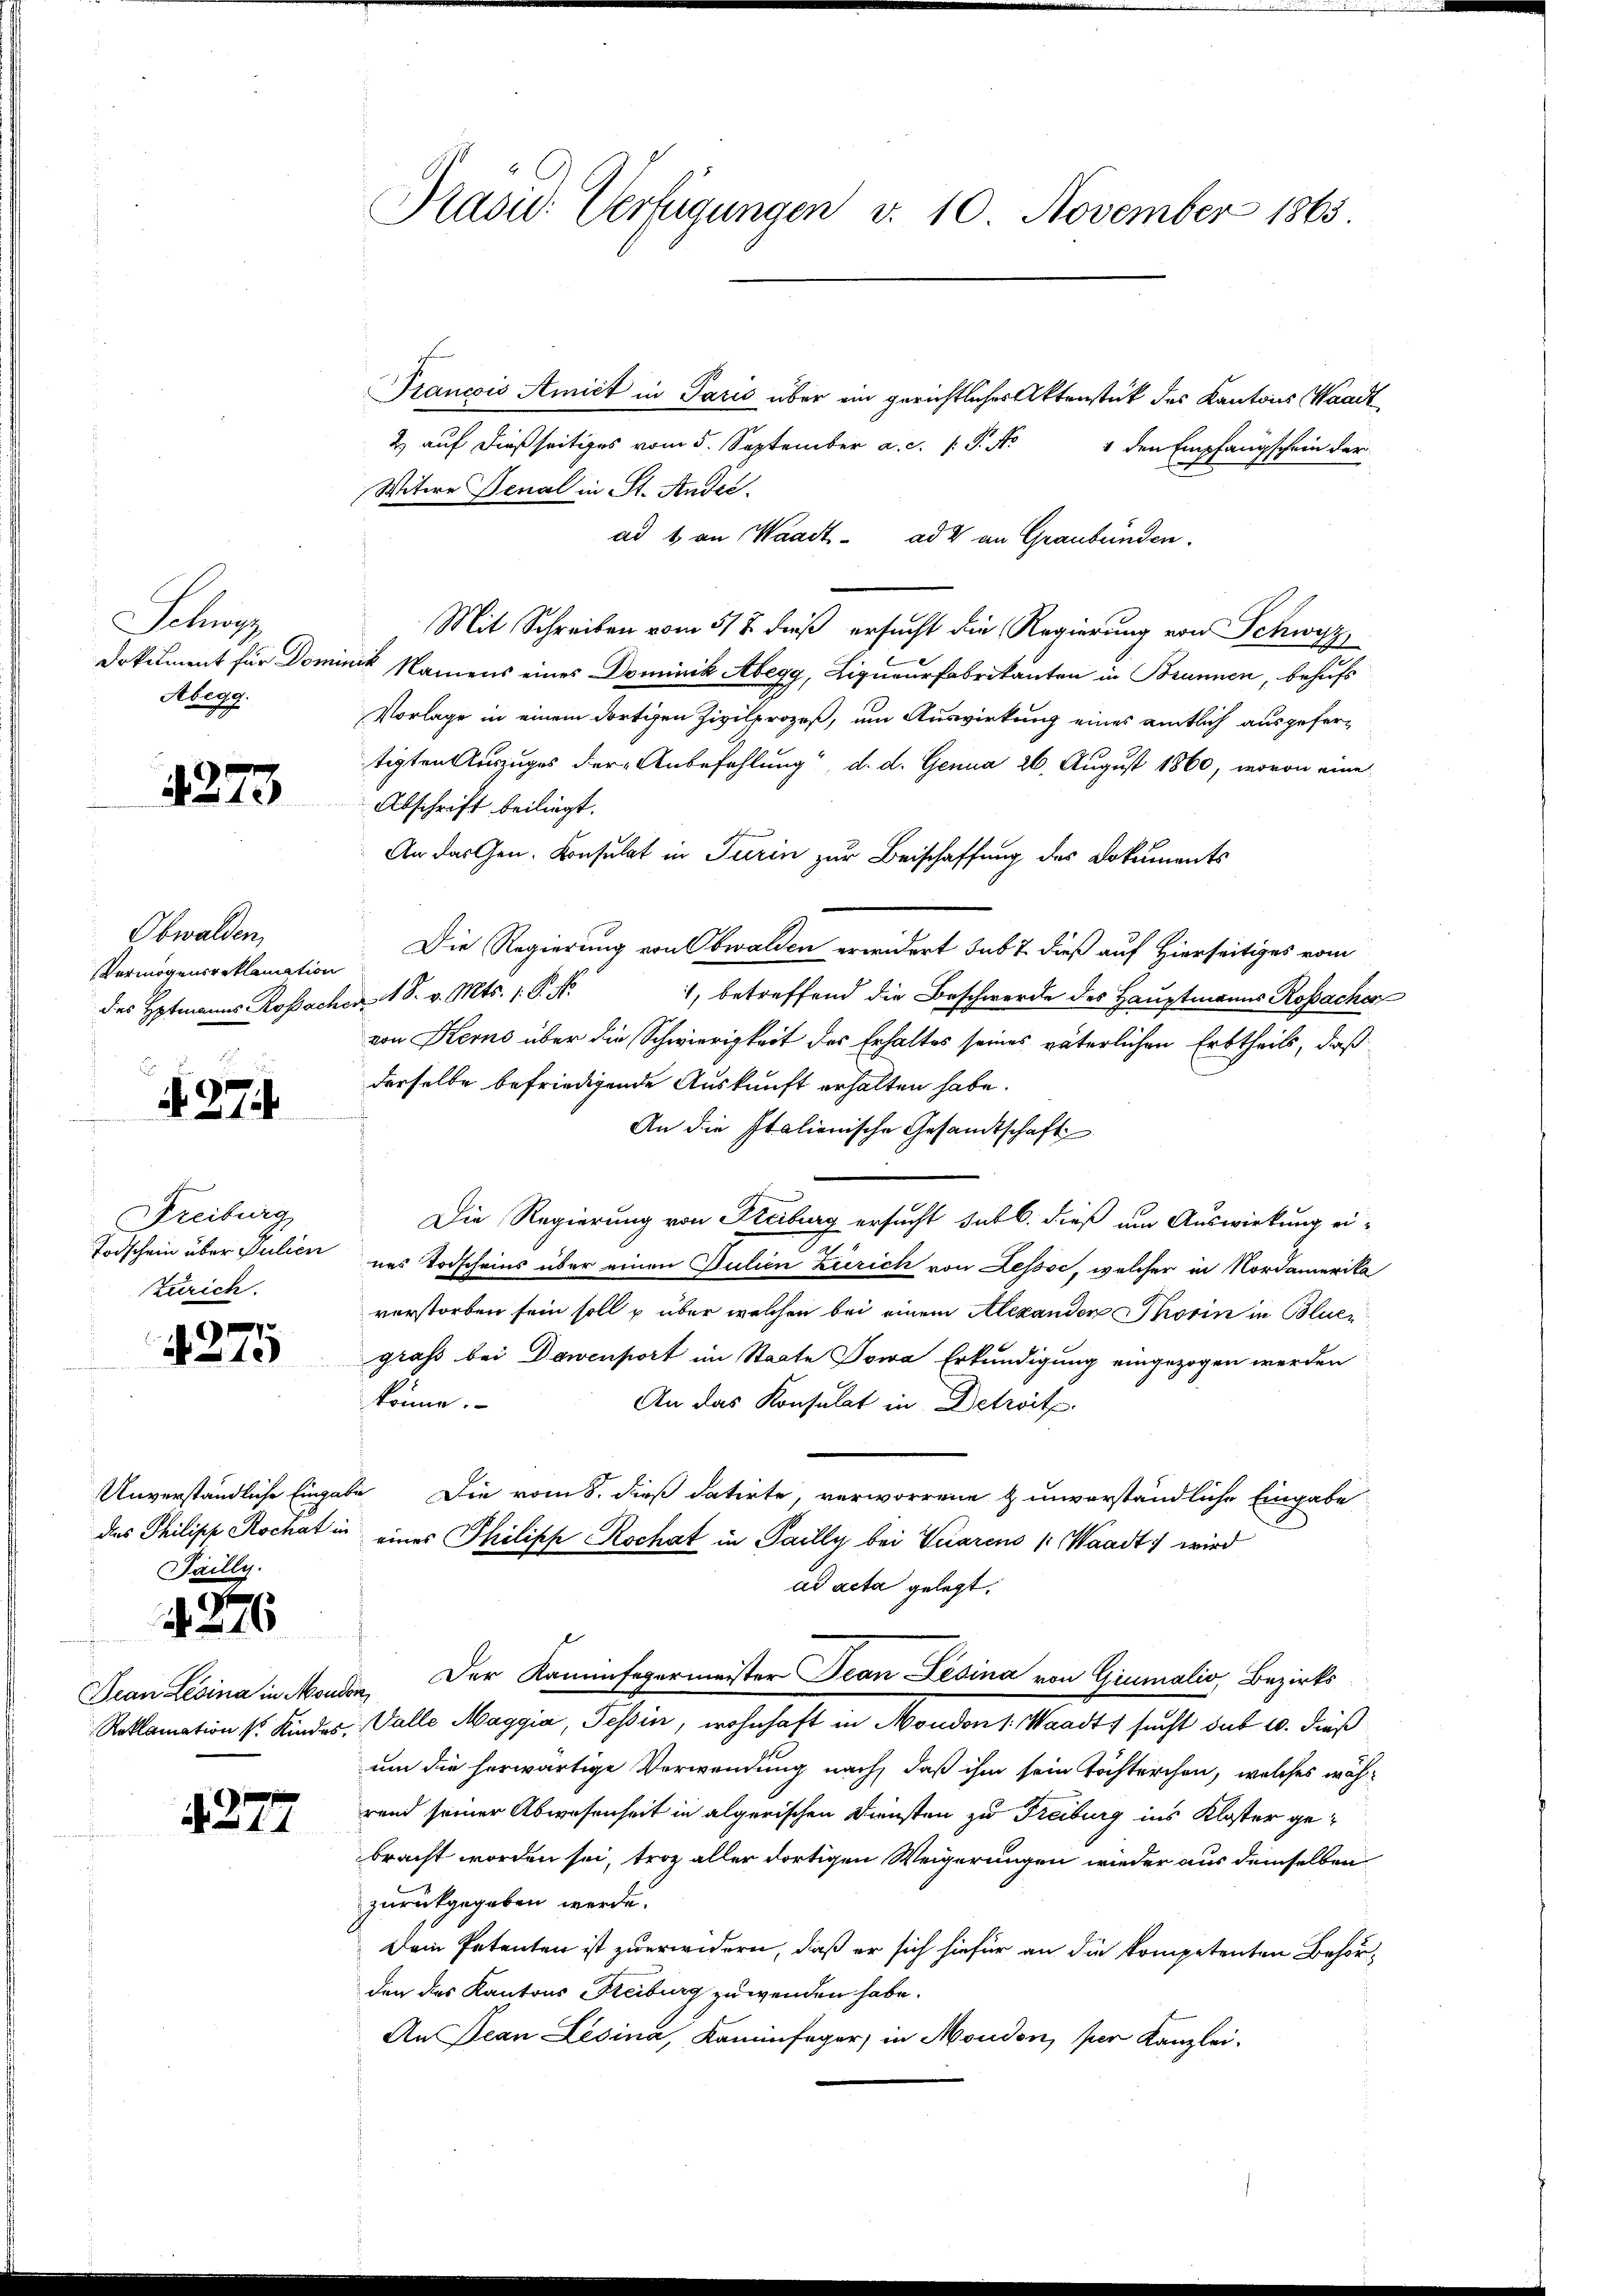
Schutz
Abegg.

4273

Obwalden,
Vermögensreklamation
des Hptmanns Rossachen 1 S. v. Mts. 1. P. Nr.

. 374.
Freiburg
Zürich.

7
10

Tailly.

x
16

d. 277

Pasic: Verfügungen v. 10. November 1863.

Francois Amiet in Paris über ein gerichtlicher Aktenstück des Kantons Waadt
2) auf dießseitiges vom 5. September a. c. 1 P. Nr. 4 den Empfangschein der
Witere Denal in St. Ander.
ad 6 an Waadt ad 4 an Graubünden.
Mit Schreiben vom 518. dieß ersucht die Regierung von Schwyz
Dokument für Dominik Namens eines Dominik Abegg, Liqueurfabrikanten in Brunnen, behufs
Vorlage in einem dortigen Zivilprozeß, um Auswirkung eines amtlich ausgefertigten Auszuges der Anbefehlung“, d. d. Genua 26. August 1860, wovon eine
Abschrift beiliegt.
An das Gen. Konsulat in Turin zur Beischaffung des Dokuments
Die Regierung von Obwalden erwidert sub 7 dieß auf Hierseitiges vom
1, betreffend die Beschwerde des Hauptmanns Rosacher
von Kerns über die Schwierigkeit des Erhaltes seines väterlichen Erbtheils, daß
derselbe befriedigende Auskunft erhalten habe.
An die Italienische Gesandtschaft
Die Regierung von Steiburg ersucht sub b. dieß um Auswirkung ei-
2
Todschein über Julien uns Todscheins über einen Julien Zürich von Lessse, welcher in Nordamerika
verstorben sein soll u über welchen bei einem Alexander Thorin in Boluer
gras bei Dawensort im Staate Sowa Erkundigung eingezogen werden
könne.
An das Konsulat in Detwitz.
Unverständliche Eingabe Die vom 8. dieß datirte, verworrene & unverständliche Eingabe
des Philipp Kochat in eines Philiph Rochat in Sailly bei Veiarens (Waadt, wird
ad acta gelegt.
Jean Lésina in Morden. Der Kaminfegermeister Jean Lesina von Giumalis, Bezirks
Reklamation 4 Kindes, Valle Maggia, Tessin, wohnhaft in Moudon 1. Waadt, sucht sub 10. dieß
um die herwärtige Verwendung nach, daß ihm sein Töchterchen, welches wäh-
rend seiner Abwesenheit in algerischen Diensten zu Freiburg ins Kloster gebracht worden sei, troz aller dortigen Weigerungen wieder aus demselben
zurückgegeben werde.
Dein Petenten ist zu erwidern, daß er sich hiefür an die kompetenten Behörden des Kantons Reiburg zuwenden habe.
An Jean Lesina, Kaminfeger, in Moudon, per Kanzlei-